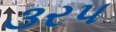
૩રપ